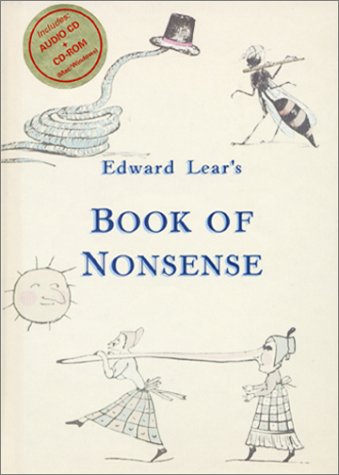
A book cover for Edward Lear's Book of Nonsense: With Lear's Original Illustrations; Edward Lear; Humor & Entertainment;